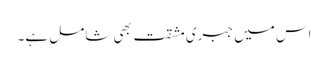
اس میں جبری مشقت بھی شامل ہے۔